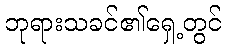
ဘုရားသခင်၏ရှေ့တွင်